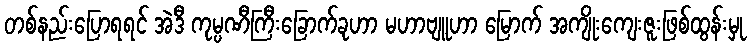
တစ်နည်းပြောရရင် အဲဒီ ကုမ္ပဏီကြီးခြောက်ခုဟာ မဟာဗျူဟာ မြောက် အကျိုးကျေးဇူးဖြစ်ထွန်းမှု